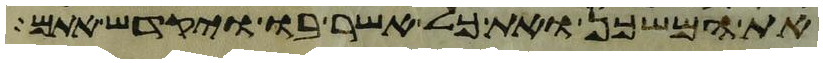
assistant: את המשכן ואת כל אשר בו ויקדש אתם